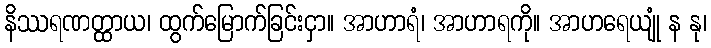
နိဿရဏတ္ထာယ၊ ထွက်မြောက်ခြင်းငှာ။ အာဟာရံ၊ အာဟာရကို။ အာဟရေယျုံ န နု၊